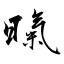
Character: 暣